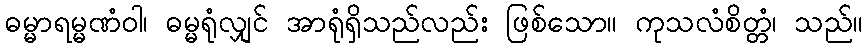
ဓမ္မာရမ္မဏံဝါ၊ ဓမ္မရုံလျှင် အာရုံရှိသည်လည်း ဖြစ်သော။ ကုသလံစိတ္တံ၊ သည်။